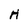
Character: H